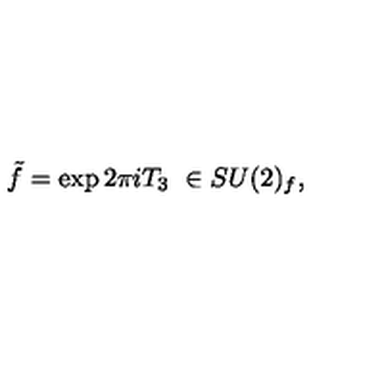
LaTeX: \tilde { f } = \exp 2 \pi i T _ { 3 } \ \in S U ( 2 ) _ { f } ,